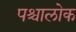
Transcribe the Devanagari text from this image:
पश्चालोक